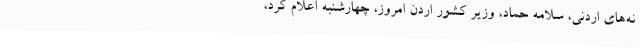
نه‌های اردنی، سلامه حماد، وزیر کشور اردن امروز، چهارشنبه اعلام کرد،